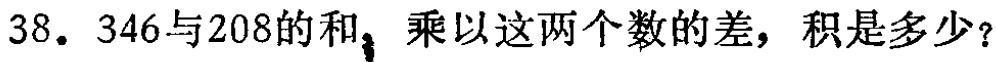
38. \(346\)与\(208\)的和，乘以这两个数的差，积是多少？